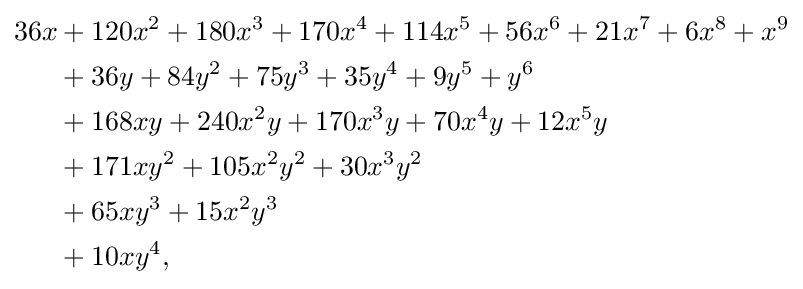
{\begin{aligned}36x&+120x^{2}+180x^{3}+170x^{4}+114x^{5}+56x^{6}+21x^{7}+6x^{8}+x^{9}\\&+36y+84y^{2}+75y^{3}+35y^{4}+9y^{5}+y^{6}\\&+168xy+240x^{2}y+170x^{3}y+70x^{4}y+12x^{5}y\\&+171xy^{2}+105x^{2}y^{2}+30x^{3}y^{2}\\&+65xy^{3}+15x^{2}y^{3}\\&+10xy^{4},\end{aligned}}